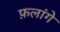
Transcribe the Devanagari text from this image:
फ़लांगे